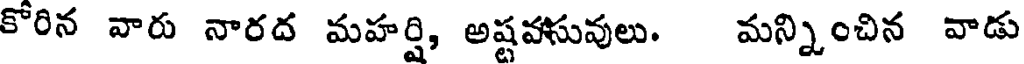
కోరిన వారు నారద మహర్షి, అష్టవసువులు. మన్నించిన వాడు